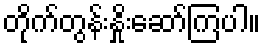
တိုက်တွန်းနှိုးဆော်ကြပါ။